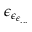
\epsilon _ { \epsilon _ { \epsilon _ { . . . } } }